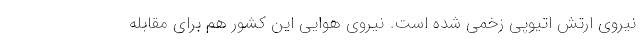
نیروی ارتش اتیوپی زخمی شده است. نیروی هوایی این کشور هم برای مقابله